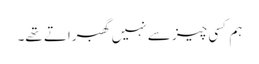
ہم کسی چیز سے نہیں گھبراتے تھے۔